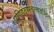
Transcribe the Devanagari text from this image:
पण्डितास्तत्त्वदर्शिनः